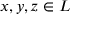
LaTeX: x , y , z \in L